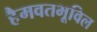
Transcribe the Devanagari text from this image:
हैमवतभूविल